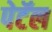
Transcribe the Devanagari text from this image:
पेटॅल